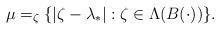
\begin{align*}\mu=_{\zeta}\{|\zeta-\lambda_{*}|: \zeta\in\Lambda(B(\cdot))\}.\end{align*}